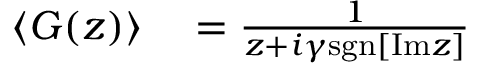
\begin{array} { r l } { \left< G ( z ) \right> } & { { } = \frac { 1 } { z + i \gamma \mathrm { s g n } [ \mathrm { I m } z ] } } \end{array}